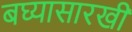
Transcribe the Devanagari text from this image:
बघ्‍यासारखी